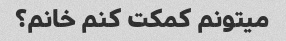
میتونم کمکت کنم خانم؟